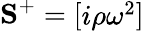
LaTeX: \mathbf{S}^{+}=\left[\begin{array}{l}{i\rho\omega^{2}}\end{array}\right]